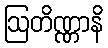
ဩတိဏ္ဏာနိ